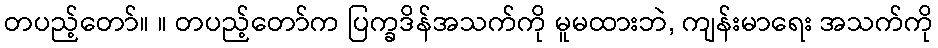
တပည့်တော်။ ။ တပည့်တော်က ပြက္ခဒိန်အသက်ကို မူမထားဘဲ, ကျန်းမာရေး အသက်ကို